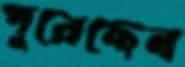
পুরেছেন